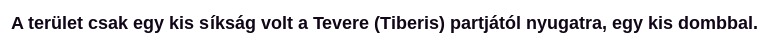
A terület csak egy kis síkság volt a Tevere (Tiberis) partjától nyugatra, egy kis dombbal.